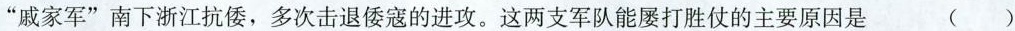
”戚家军”南下浙江抗倭，多次击退倭寇的进攻。这两支军队能屡打胜仗的主要原因是 ( )